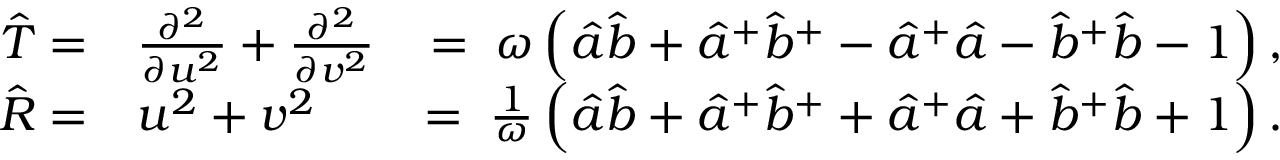
\begin{array} { r l r } { { \hat { T } } = } & { \frac { \partial ^ { 2 } } { \partial { u } ^ { 2 } } + \frac { \partial ^ { 2 } } { \partial { v } ^ { 2 } } } & { = \; \omega \left( { \hat { a } } { \hat { b } } + { { \hat { a } } } ^ { + } { { \hat { b } } } ^ { + } - { { \hat { a } } } ^ { + } { \hat { a } } - { { \hat { b } } } ^ { + } { \hat { b } } - 1 \right) , } \\ { { \hat { R } } = } & { { u } ^ { 2 } + { v } ^ { 2 } } & { = \; \frac { 1 } { \omega } \left( { \hat { a } } { \hat { b } } + { { \hat { a } } } ^ { + } { { \hat { b } } } ^ { + } + { { \hat { a } } } ^ { + } { \hat { a } } + { { \hat { b } } } ^ { + } { \hat { b } } + 1 \right) . } \end{array}